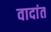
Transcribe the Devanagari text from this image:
वादांत